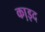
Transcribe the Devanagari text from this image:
का़इद